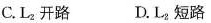
C.L_{2}开路 D.L_{2}短路